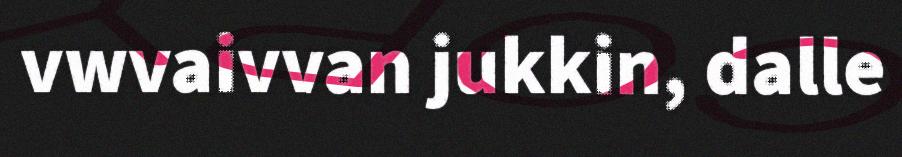
vwvaivvan jukkin, dalle